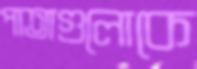
পাতাগুলোকে